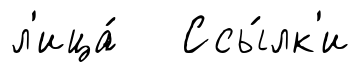
л'ица́ Ссы́лк'и